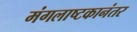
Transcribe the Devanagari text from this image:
मंगलाष्टकानंतर